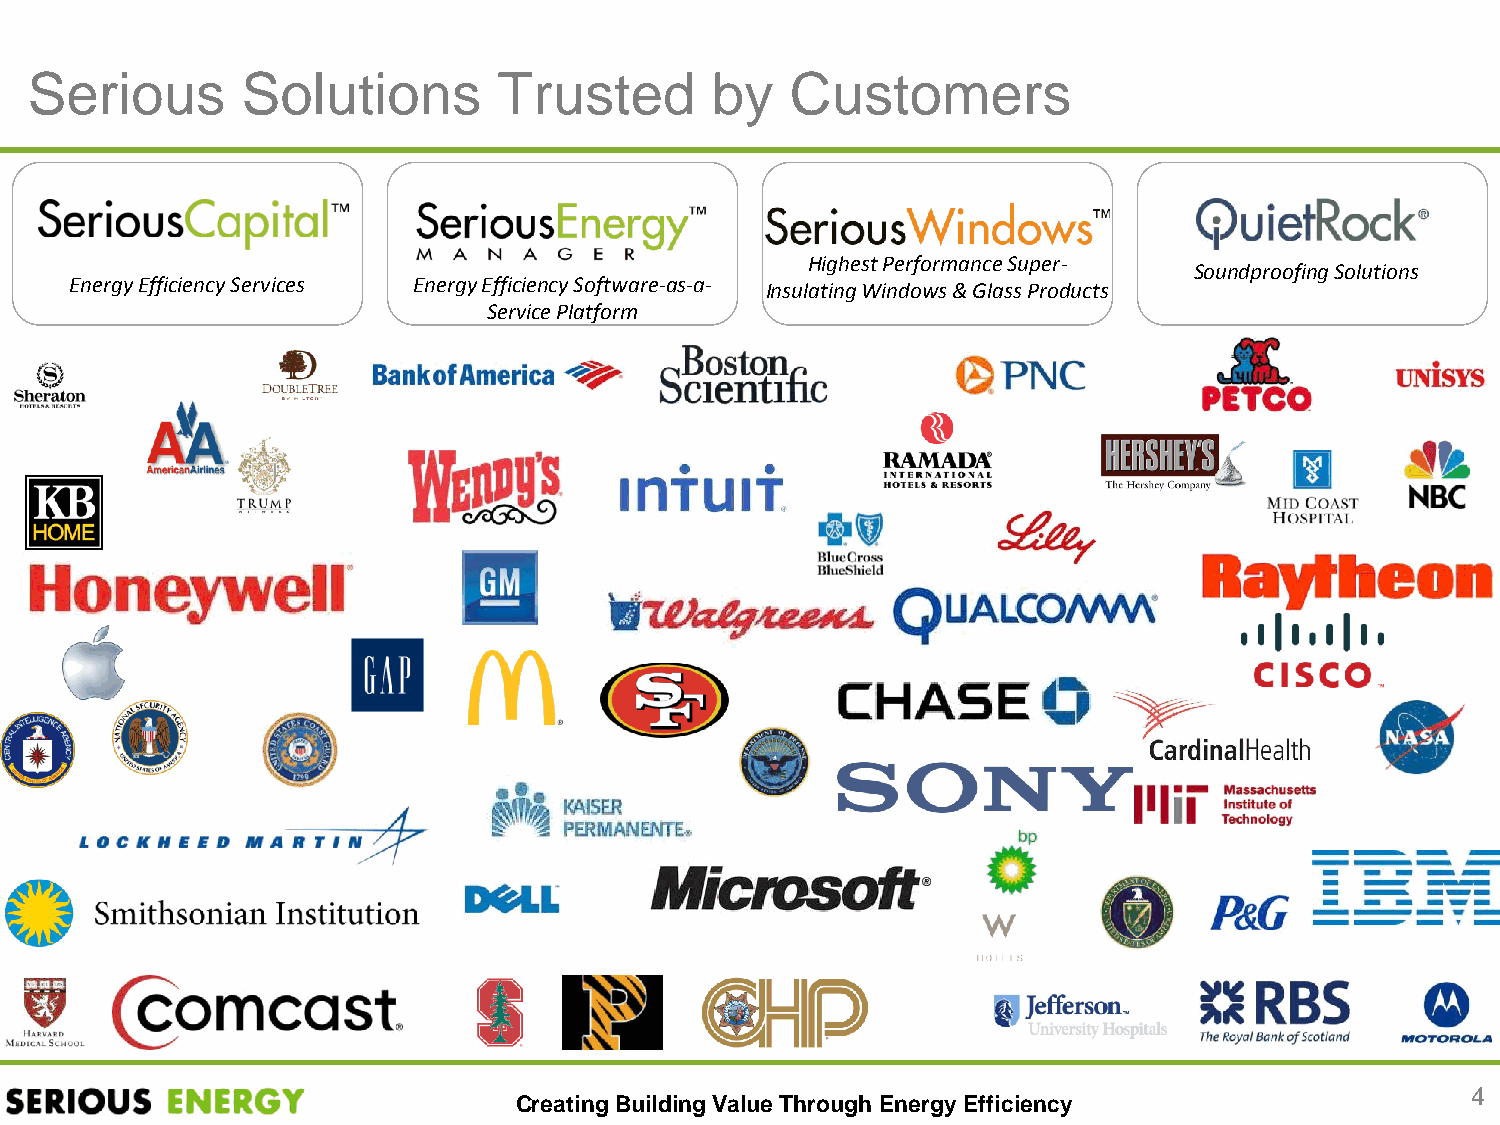
Serious       Solutions        Trusted       by   Customers
 Highest Performance Super-
 Soundproofing Solutions
 Energy Efficiency Services Energy Efficiency Software-as-a-
 Insulating Windows & Glass Products
 Service Platform
 4
 Creating Building Value Through Energy Efficiency